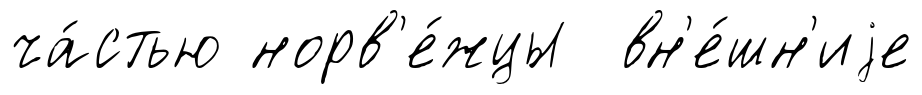
ча́стью норв'е́жцы вн'е́шн'иjе